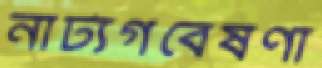
নাট্যগবেষণা